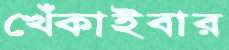
খেঁকাইবার